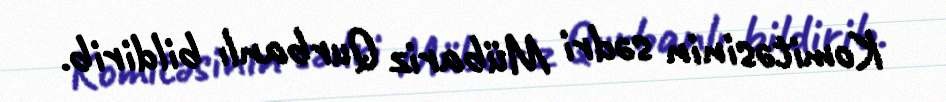
Komitəsinin sədri Mübariz Qurbanlı bildirib.